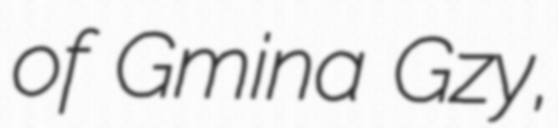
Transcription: of Gmina Gzy,